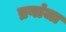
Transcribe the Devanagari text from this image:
ब्रगांजा